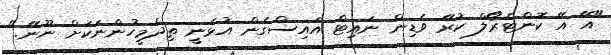
"އޭ އޭ ކޮންޓްރޯލް ކުރޭ ވެޑިން ނައިޓް އައިސްގެން އުޅެނީ ތިދެމީހުންނަަކަށް ނޫނޭ."